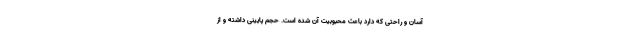
آسان و راحتی که دارد باعث محبوبیت آن شده است. حجم پایینی داشته و از